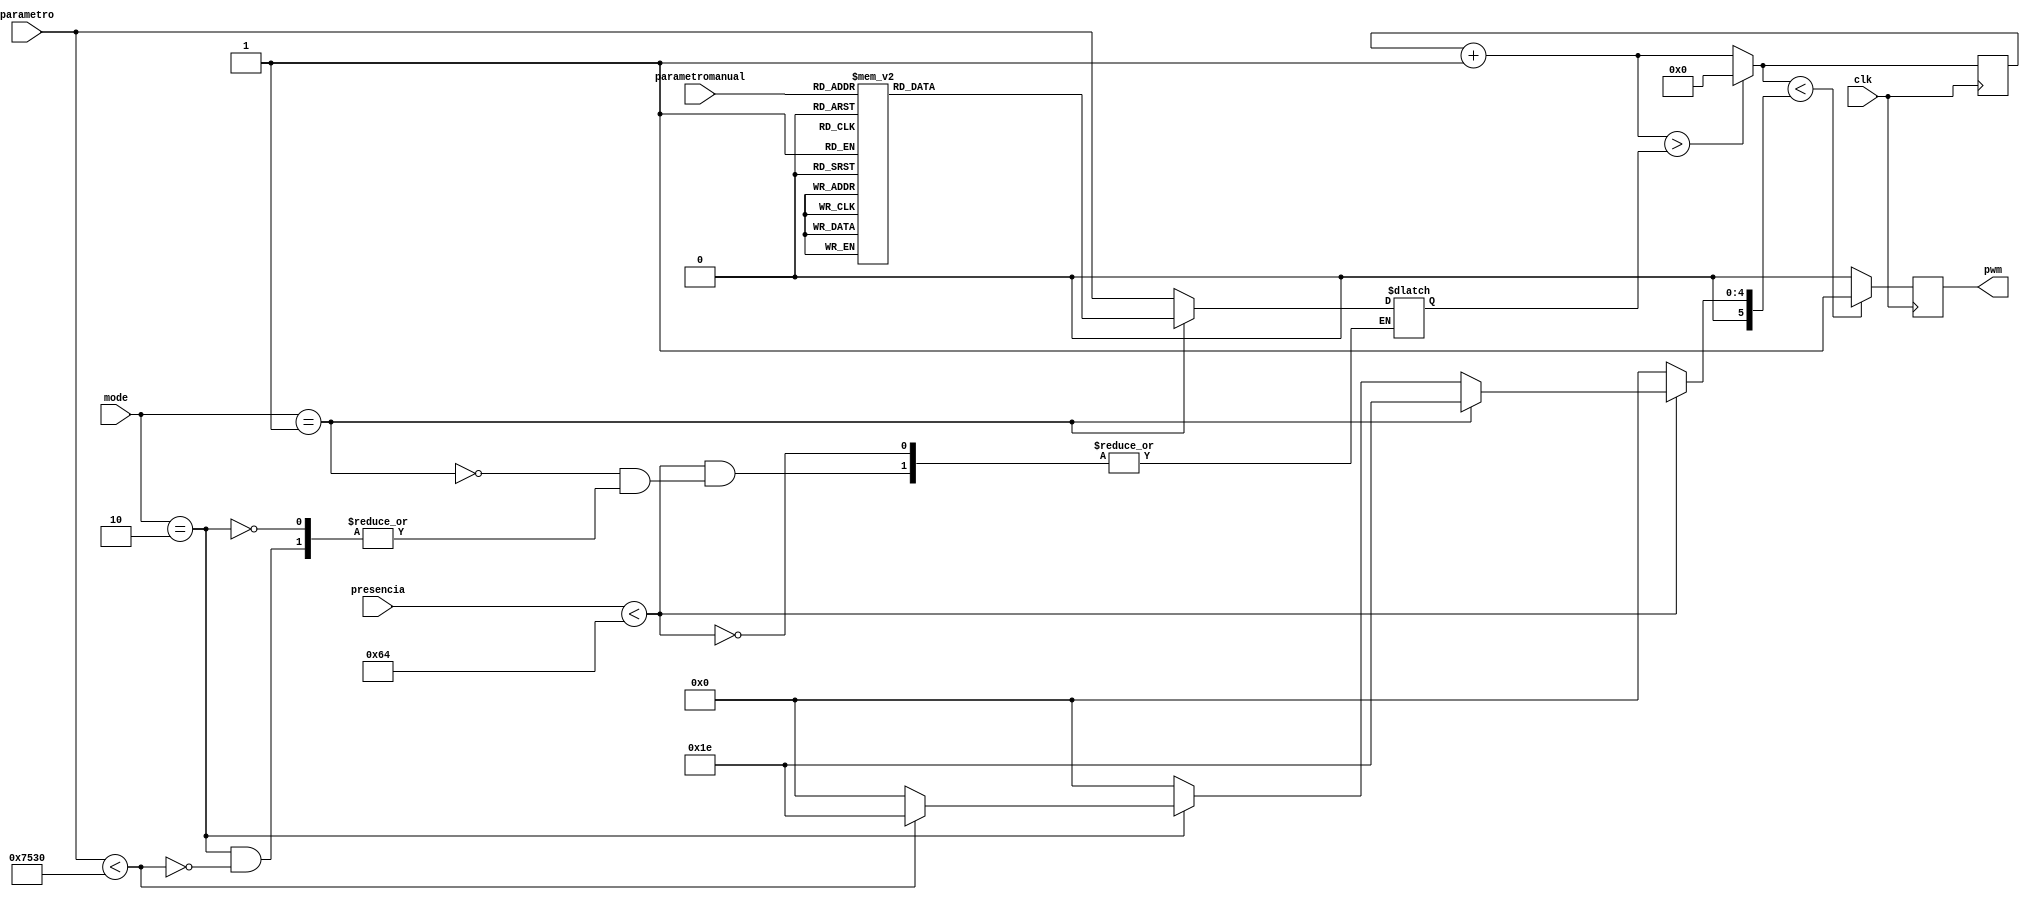
module led0(mode, clk, pwm, parametro, parametromanual, presencia);

input[15:0] parametro;
input clk;
input [3:0] mode;
input [2:0] parametromanual;
input [9:0] presencia;
output reg pwm;
reg [27:0] contador = 0;
reg [15:0] numero;
reg [5:0]lms = 30;
wire [15:0] param=parametro/'d10;

always@(posedge clk) begin
	contador=contador+1;
	if (contador>numero)begin
	contador=0;
	pwm = ~pwm;
	end
	
	if (contador<lms) pwm = 1;
	else pwm =0;
	
end

always@(*)begin
if(presencia<100)begin
	lms <= 'd30;
	if (mode == 4'b0001) begin
		case(parametromanual)

//		///   15: numero <= 'd1000;
//		  /// 14: numero <= 'd1000;
//		  /// 13: numero <= 'd1000;
//		   ///12: numero <= 'd1000;
//		   ///11: numero <= 'd1000;
//		   ///10: numero <= 'd1000;
//		   ///9: numero <= 'd1000;
//			///8: numero <= 'd1000;
//		   ///7: numero <= 'd1000;
//		   ///6: numero <= 'd1000;
//		   ///5: numero <= 'd1000;



//			7: numero <= 'd30;
//			6: numero <= 'd60;
//			5: numero <= 'd80;
//			4: numero <= 'd120;
//			3: numero <= 'd150;
//			2: numero <= 'd300;
//			1: numero <= 'd400;
//			0: numero <= 'd1000;
			
			
			
//		/	4'h1: numero <= 'd10000;
//		/	4'h5: numero <= 'd1000;
//		/	4'h9: numero <= 'd100;
//		/	4'hd: numero <= 'd10;

			7: numero <= 'd300;
			6: numero <= 'd600;
			5: numero <= 'd800;
			4: numero <= 'd1200;
			3: numero <= 'd1500;
			2: numero <= 'd3000;
			1: numero <= 'd4000;
			0: numero <= 'd10000;

			default: numero <= numero;

		endcase
	end
	else if (mode == 4'b0010) begin
		if (parametro<30000)begin
		numero <= parametro;
		end
		else begin
		lms<='d0;
		end
	end
	else begin
		lms <= 'd0;
	end
end
else begin
lms <= 'd0;
//numero <= 'd162000000000000;
end
end

endmodule